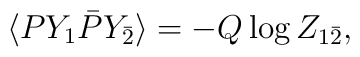
\langle PY_{1} \bar{P}Y_{\bar{2}}\rangle = - Q \log Z_{1\bar{2}},